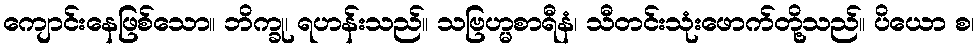
ကျောင်းနေဖြစ်သော။ ဘိက္ခု၊ ရဟန်းသည်။ သဗြဟ္မစာရီနံ၊ သီတင်းသုံးဖောက်တို့သည်။ ပိယော စ၊